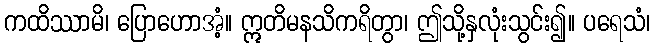
ကထိဿာမိ၊ ပြောဟောအံ့။ ဣတိမနသိကရိတွာ၊ ဤသို့နှလုံးသွင်း၍။ ပရေသံ၊